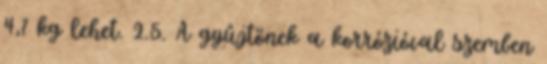
4,7 kg lehet. 2.5. A gyûjtõnek a korrózióval szemben